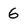
Character: 6